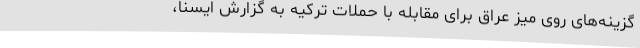
گزینه‌های روی میز عراق برای مقابله با حملات ترکیه به گزارش ایسنا،